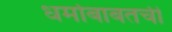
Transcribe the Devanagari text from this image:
धर्माबाबतची